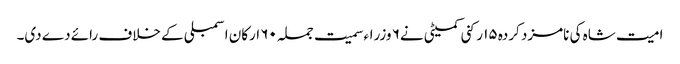
امیت شاہ کی نامزد کردہ ۱۵ رکنی کمیٹی نے۶ وزراء سمیت جملہ ۶۰ ارکان اسمبلی کے خلاف رائے دے دی۔